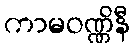
ကာမဝဏ္ဏိနီ